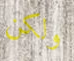
ولكن